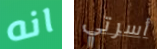
انه أسرتي